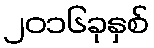
၂၀၁၆ခုနှစ်